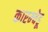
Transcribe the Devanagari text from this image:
कारम्चेडू